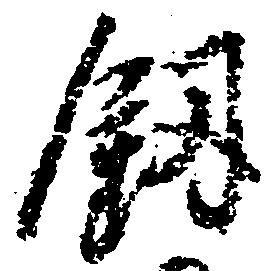
叙